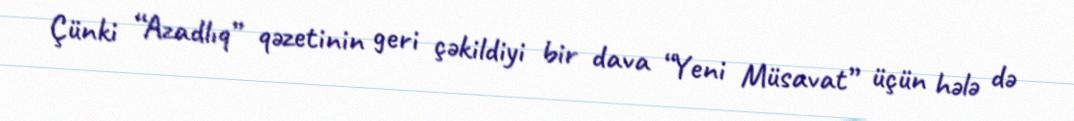
Çünki “Azadlıq” qəzetinin geri çəkildiyi bir dava “Yeni Müsavat” üçün hələ də